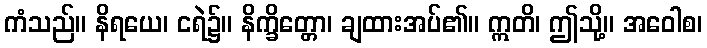
ကံသည်။ နိရယေ၊ ငရဲ၌။ နိက္ခိတ္တော၊ ချထားအပ်၏။ ဣတိ၊ ဤသို့။ အဝေါစ၊